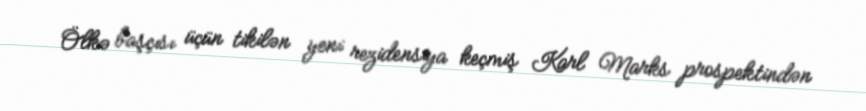
Ölkə başçısı üçün tikilən yeni rezidensiya keçmiş Karl Marks prospektindən